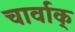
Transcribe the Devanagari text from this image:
चार्वाक्